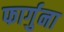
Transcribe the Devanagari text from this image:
फार्गुना